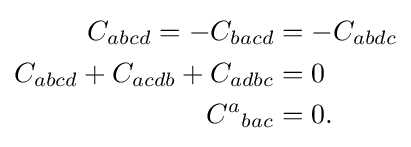
{\begin{aligned}C_{abcd}=-C_{bacd}&=-C_{abdc}\\C_{abcd}+C_{acdb}+C_{adbc}&=0\\{C^{a}}_{bac}&=0.\end{aligned}}